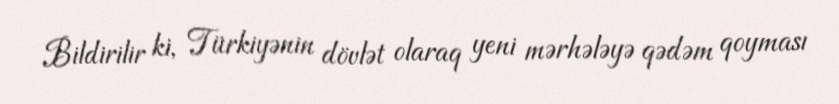
Bildirilir ki, Türkiyənin dövlət olaraq yeni mərhələyə qədəm qoyması